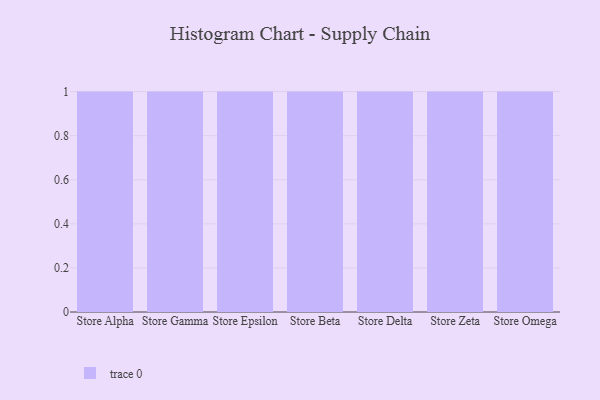
{"axis": {"x": "Store", "y": "Gross Profit (USD K)"}, "legend": [""], "data": [{"x": "Store Alpha", "y": 35, "type": ""}, {"x": "Store Gamma", "y": 92, "type": ""}, {"x": "Store Epsilon", "y": 79, "type": ""}, {"x": "Store Beta", "y": 42, "type": ""}, {"x": "Store Delta", "y": 42, "type": ""}, {"x": "Store Zeta", "y": 23, "type": ""}, {"x": "Store Omega", "y": 39, "type": ""}]}